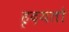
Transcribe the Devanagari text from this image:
हृदयतो